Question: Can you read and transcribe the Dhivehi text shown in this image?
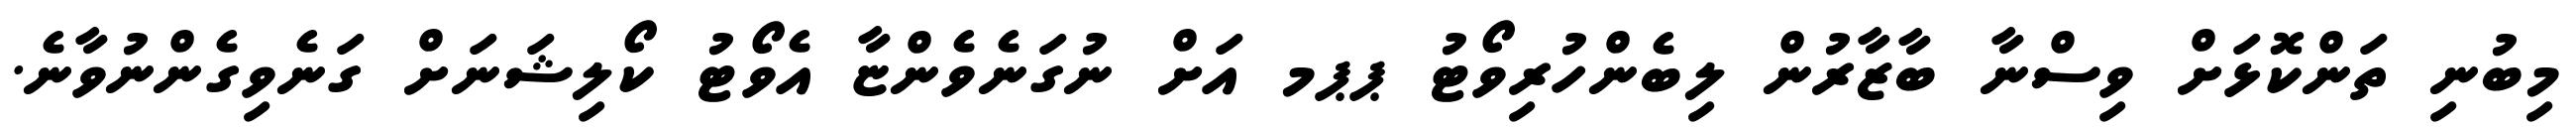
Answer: މިބުނި ތަންކޮޅަށް ވިސްނާ ބާޒާރުން ލިބެންހުރިވޯޓު ޕޕމ އަށް ނުގަނެވެންޏާ އެވޯޓު ކޯލިޝަނަށް ގަނެވިގެންނުވާނެ.